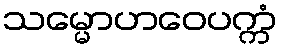
သမ္မောဟဝေပက္ကံ